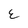
Character: E